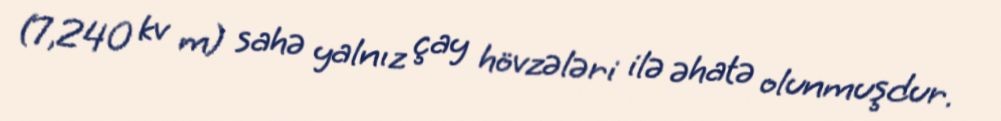
(7,240 kv m) sahə yalnız çay hövzələri ilə əhatə olunmuşdur.